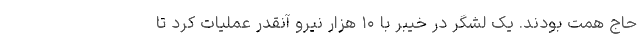
حاج همت بودند. یک لشگر در خیبر با ۱۰ هزار نیرو آنقدر عملیات کرد تا